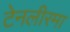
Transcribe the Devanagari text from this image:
टेनलीरमा